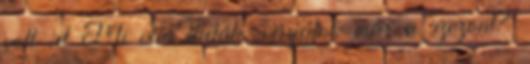
volt :d Mi van ladák, várjátok már a szezont?